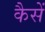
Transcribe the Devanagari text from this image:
कैसें